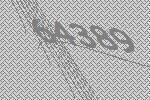
64389